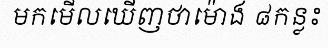
មកមើលឃើញថាម៉ោង ៨កន្លះ